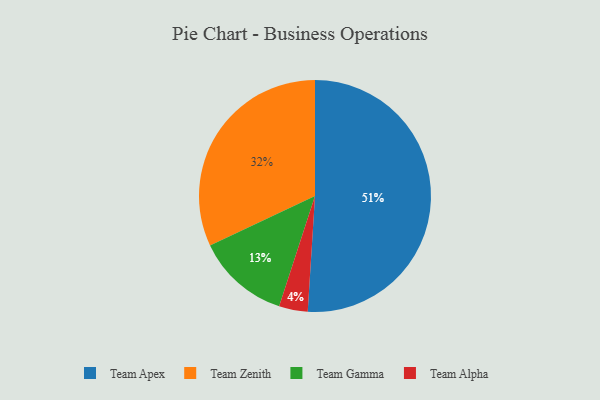
{"axis": {"x": "Category", "y": "Percentage"}, "legend": ["Team Alpha", "Team Apex", "Team Gamma", "Team Zenith"], "data": [{"x": "Team Alpha", "y": 4, "type": "Team Alpha"}, {"x": "Team Zenith", "y": 32, "type": "Team Zenith"}, {"x": "Team Apex", "y": 51, "type": "Team Apex"}, {"x": "Team Gamma", "y": 13, "type": "Team Gamma"}]}